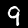
Label: 9